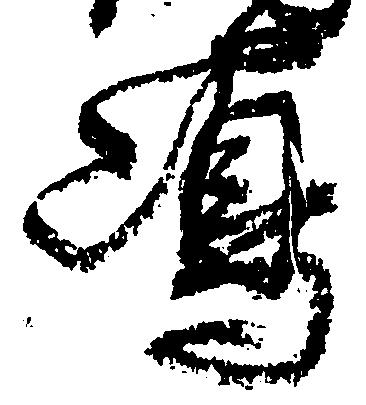
嶋